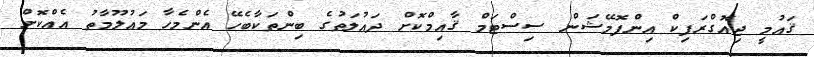
ޤައުމީ ޖިއޮގްރަފިކް އިންފޮމޭޝަން ސިސްޓަމް ޤާއިމްކޮށް ދައުލަތުގެ ބިންތަކާބެހޭ އެންމެހާ މަޢުލޫމާތު އެއްކޮށް